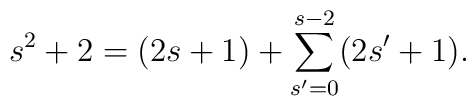
s^{2}+2=(2s+1)+\sum_{s^{\prime }=0}^{s-2}(2s^{\prime }+1).